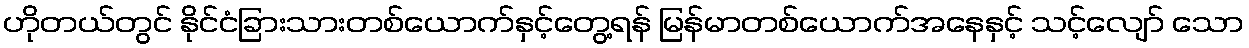
ဟိုတယ်တွင် နိုင်ငံခြားသားတစ်ယောက်နှင့်တွေ့ရန် မြန်မာတစ်ယောက်အနေနှင့် သင့်လျော် သော